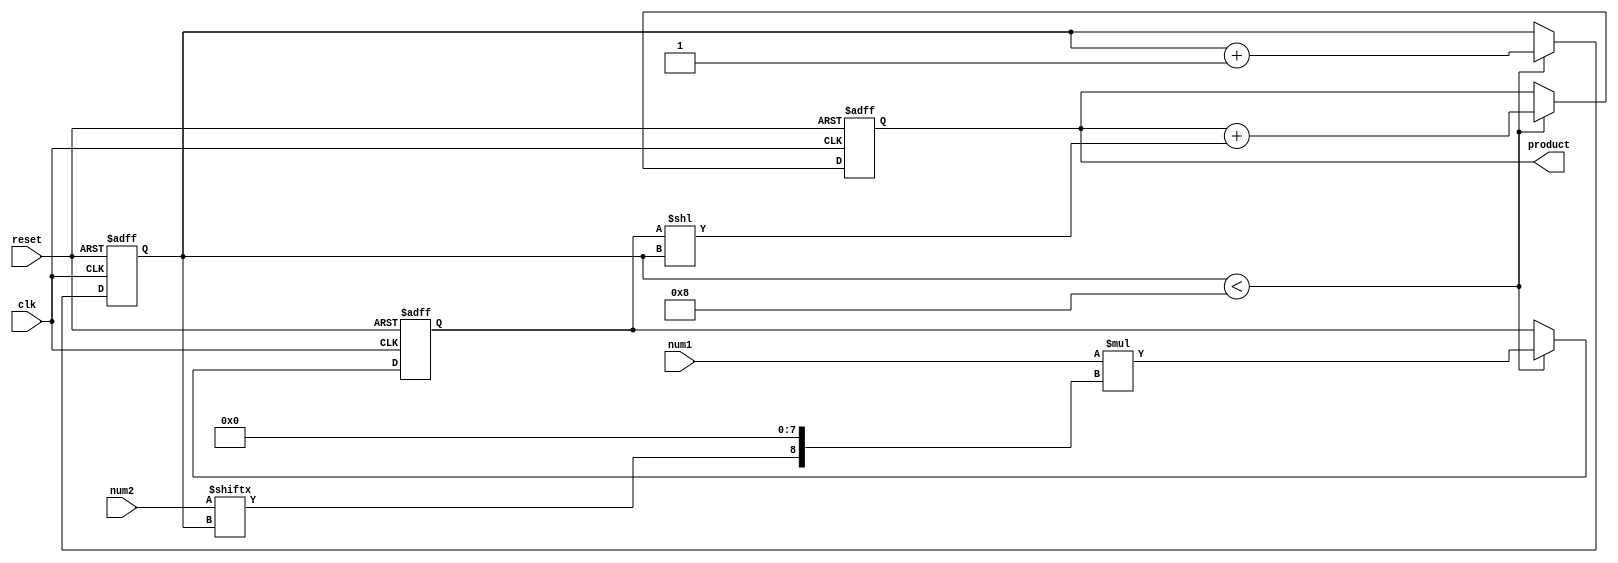
module multiplier(input wire clk, input wire reset, input wire [7:0] num1, input wire [7:0] num2, output reg [15:0] product);

reg [7:0] partial_product;
reg [3:0] count;

always @(posedge clk or posedge reset) begin
  if (reset) begin
    product <= 16'd0;
    partial_product <= 8'd0;
    count <= 4'd0;
  end else begin
    if (count < 8) begin
      partial_product <= num1 * {num2[count], 8'd0};
      product <= product + (partial_product << count);
      count <= count + 1;
    end
  end
end

endmodule